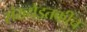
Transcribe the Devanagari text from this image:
संख्येइतकीच